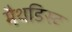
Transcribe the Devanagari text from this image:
मैथडिस्ट